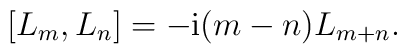
\left[L_m,L_n\right]=-{\rm i}(m-n)L_{m+n}.